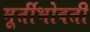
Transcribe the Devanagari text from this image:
मूर्तीभोवती